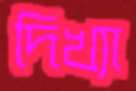
দিখ্যা